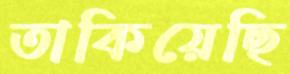
তাকিয়েছি